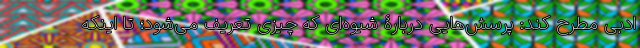
ادبی مطرح کند: پرسش‌هایی دربارۀ شیوه‌ای که چیزی تعریف می‌شود؛ تا اینکه